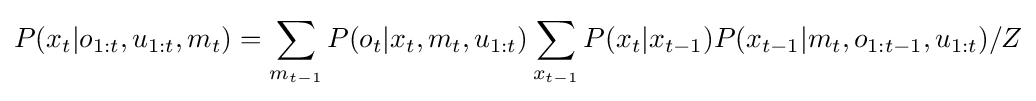
P(x_{t}|o_{1:t},u_{1:t},m_{t})=\sum _{m_{t-1}}P(o_{t}|x_{t},m_{t},u_{1:t})\sum _{x_{t-1}}P(x_{t}|x_{t-1})P(x_{t-1}|m_{t},o_{1:t-1},u_{1:t})/Z